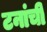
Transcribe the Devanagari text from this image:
टनांची